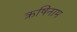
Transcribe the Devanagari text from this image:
ऋषिनाम